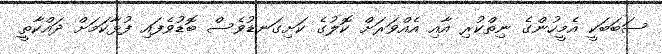
ސަބަބަކީ އެމީހުންގެ ނިތްކުރި އާއި އެއްވަރަށް ކޮލުގެ ކަށިގަނޑުވެސް ބޮޑުވެފައި ފުޅާކަމަށް ދައްކާތީ